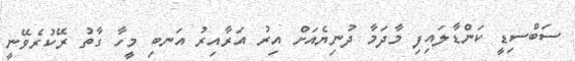
ސަބްސިޑީ ކަންޑާލައިފި މާދަމާ ދުނިޔެއަށް އިރު އަރާއިރު އަނބި މީހާ ގާތު ރޭކުރެވޭނީ